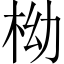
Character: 柪